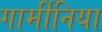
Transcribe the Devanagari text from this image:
गार्मीनिया